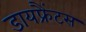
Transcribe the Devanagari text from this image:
डायफ्रैंटस